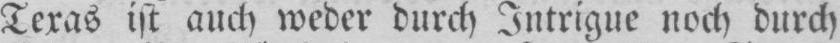
Texas ist auch weder durch Intrigue noch durch